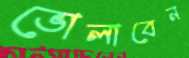
ভোলাবেন